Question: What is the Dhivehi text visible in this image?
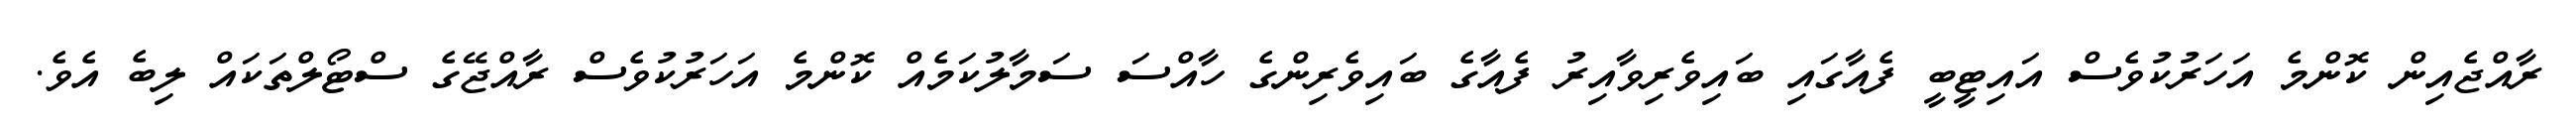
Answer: ރާއްޖެއިން ކޮންމެ އަހަރުކުވެސް އައިޓީބީ ފެއާގައި ބައިވެރިވާއިރު ފެއާގެ ބައިވެރިންގެ ހާއްސަ ސަމާލުކަމެއް ކޮންމެ އަހަރުކުވެސް ރާއްޖޭގެ ސްޓޯލްތަކައް ލިބެ އެވެ.